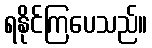
ရနိုင်ကြပေသည်။